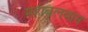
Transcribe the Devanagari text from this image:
महाबलवान